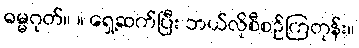
ဓမ္မဂုတ်။ ။ ရှေ့ဆက်ပြီး ဘယ်လိုစီစဉ်ကြတုန်း။